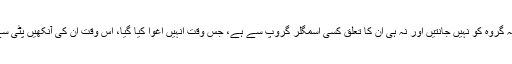
دوبارہ گرفتاری کے بعد خواتین نے پولیس کو بتایا کہ وہ کسی بھی جرائم پیشہ گروہ کو نہیں جانتیں اور نہ ہی ان کا تعلق کسی اسمگلر گروپ سے ہے، جس وقت انہیں اغوا کیا گیا، اس وقت ان کی آنکھیں پٹی سے باندھ دی گئی تھیں اور اغوا کاروں نے ان کے پیٹ سے تمام سونا نکال لیا۔